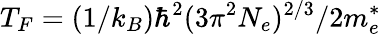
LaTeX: T_{F}=\left(1/k_{B}\right)\hbar^{2}{(3{\pi}^{2}N_{e})^{2/3}}/2m_{e}^{*}